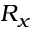
R _ { x }